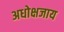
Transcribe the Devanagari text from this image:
अधोक्षजाय